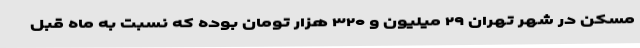
مسکن در شهر تهران ۲۹ میلیون و ۳۲۰ هزار تومان بوده که نسبت به ماه قبل